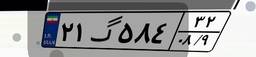
۲۱گ۳۹۸۷۰